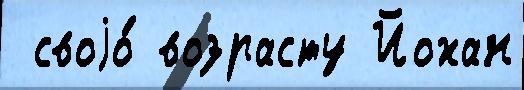
 своjо́ возрасту Йохан